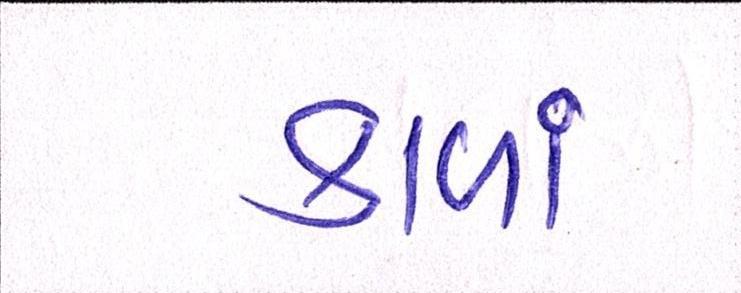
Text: કાળાં